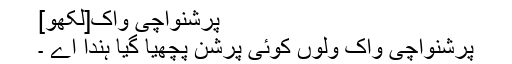
پرشنواچی واک[لکھو]
پرشنواچی واک ولوں کوئی پرشن پچھیا گیا ہندا اے ۔